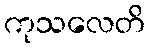
ကုသလေတိ